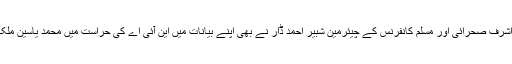
تحریک حریت جموں وکشمیر کے چیئرمین محمد اشرف صحرائی اور مسلم کانفرنس کے چیئرمین شبیر احمد ڈار نے بھی اپنے بیانات میں این آئی اے کی حراست میں محمد یاسین ملک کی حالت بگڑنے پرشدید تشویش کااظہار کیاہے۔